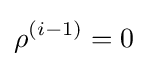
\rho ^{(i-1)}=0